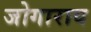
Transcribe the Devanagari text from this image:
जोगाराव